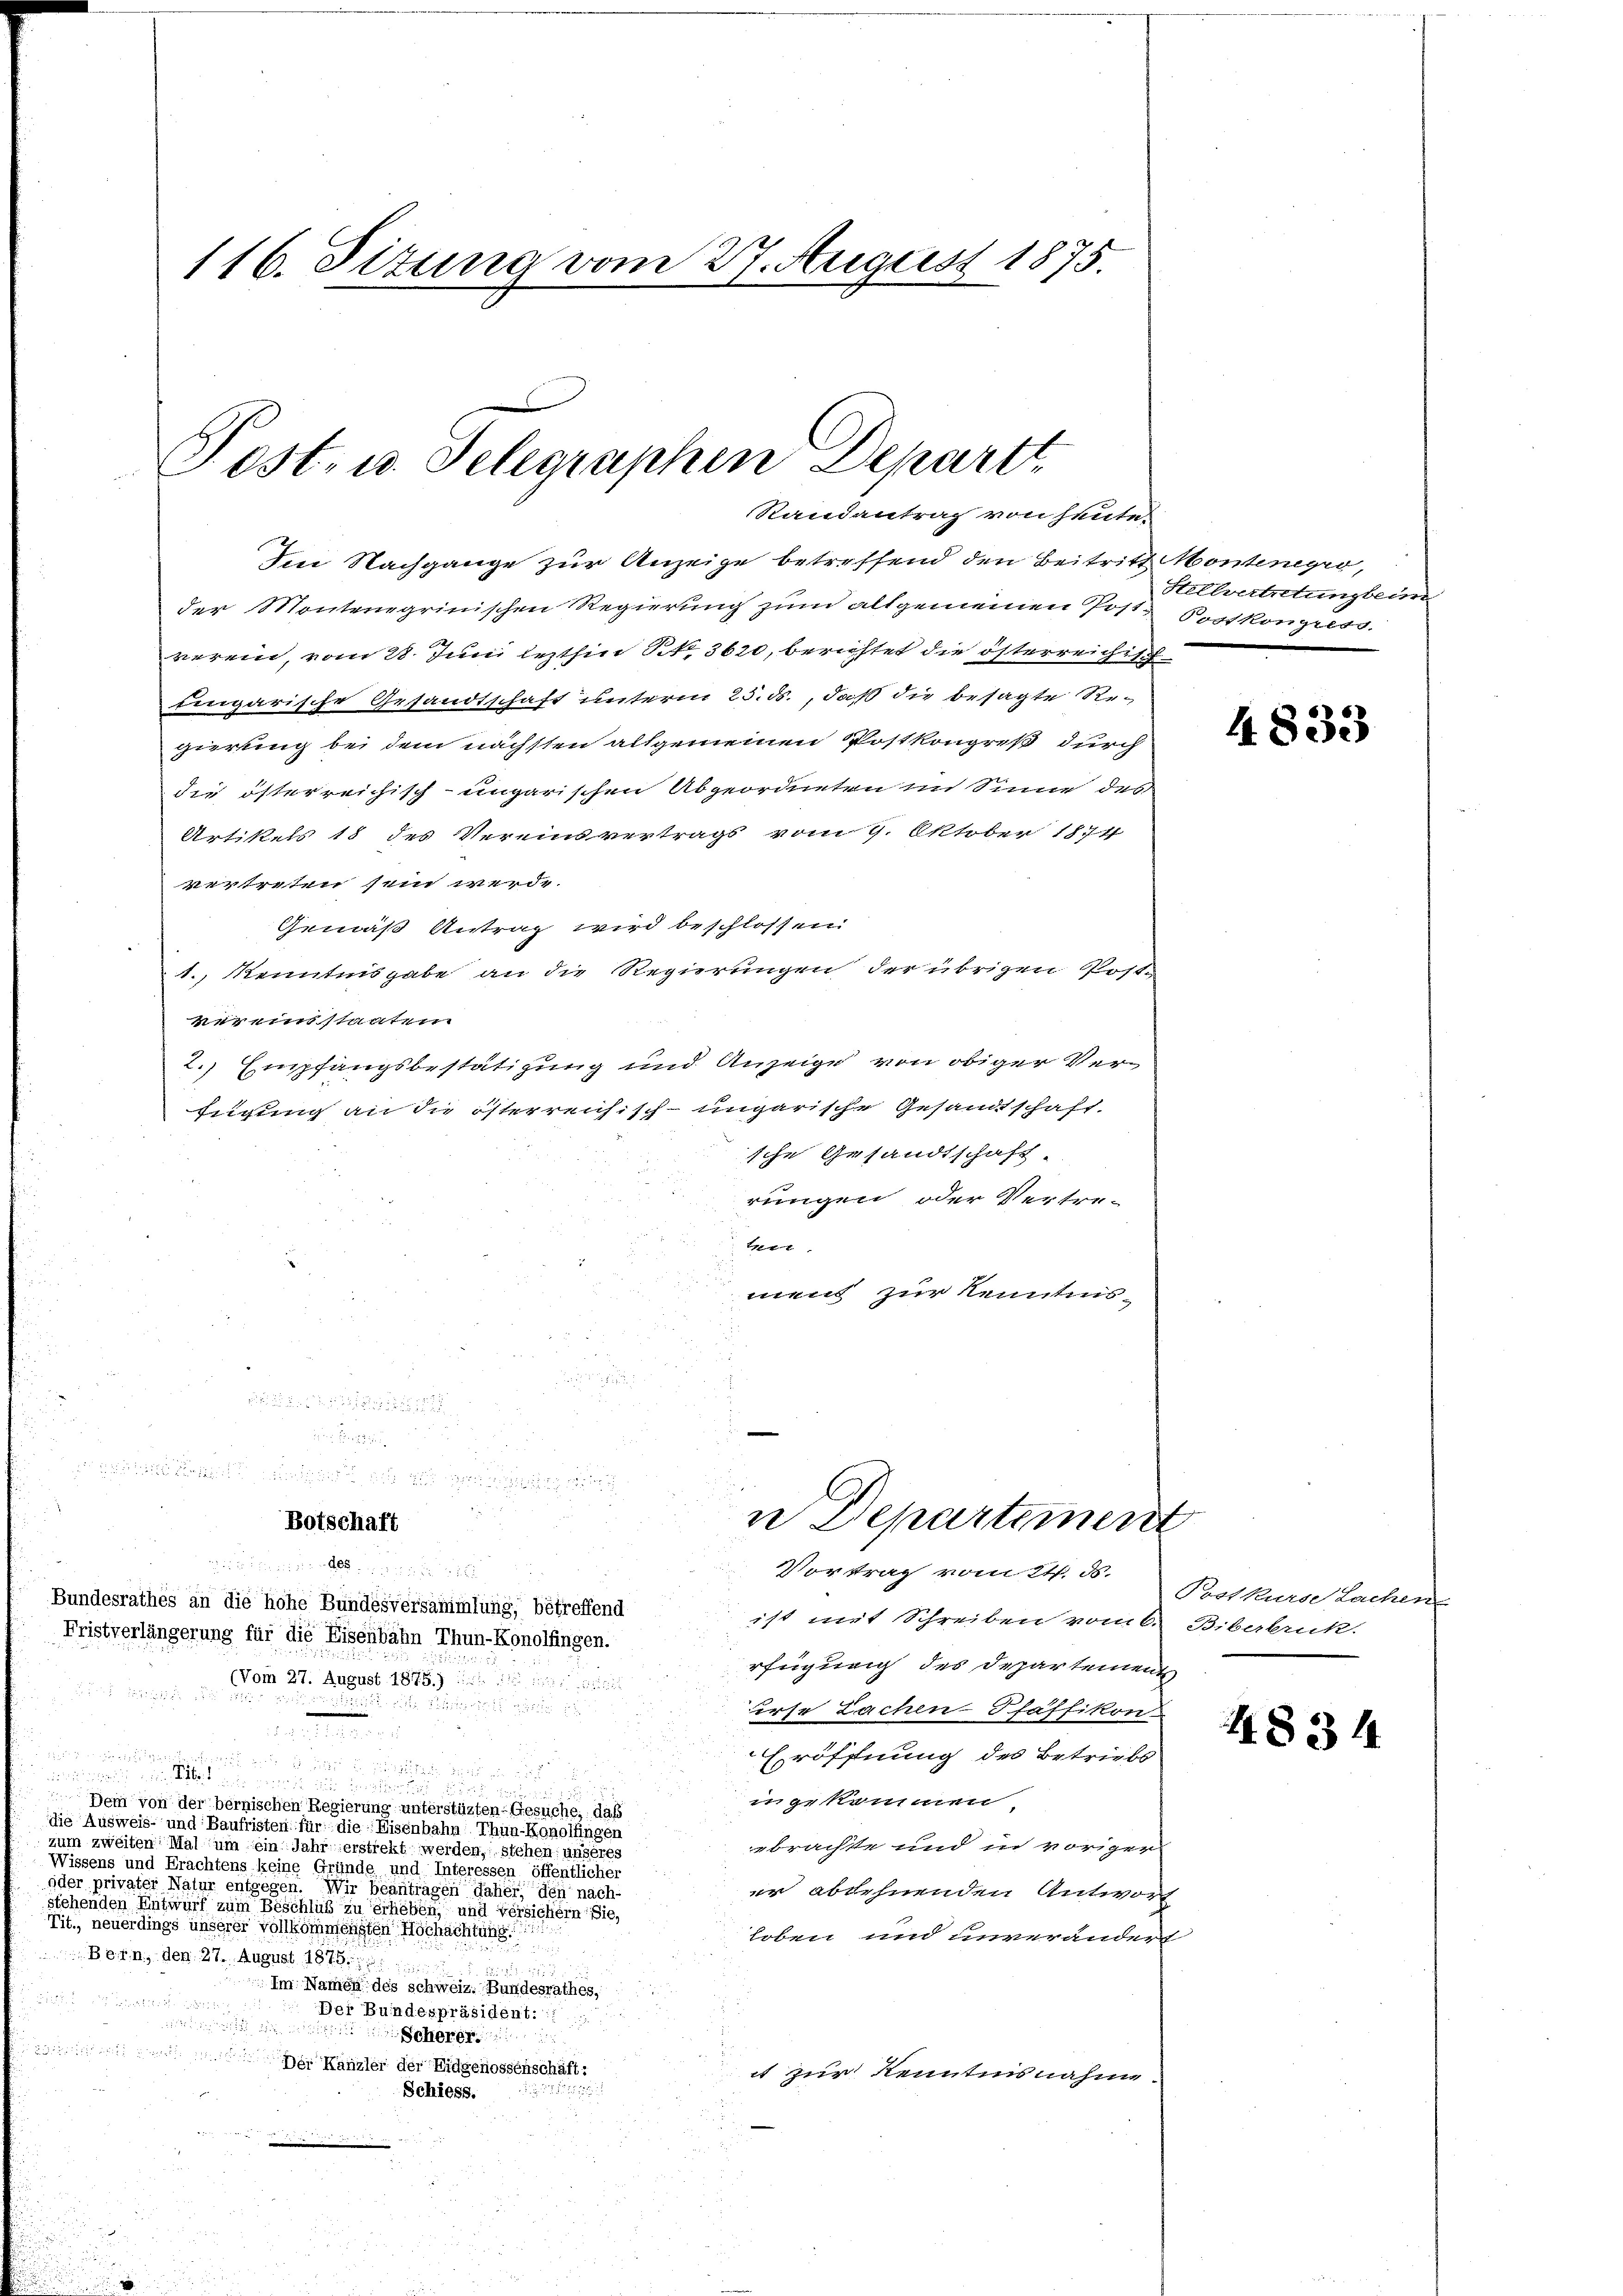
u

Im Nachgange zur Anzeige betreffend den Beitritt Montenegro,
der Montenogrinischen Regierung zum allgemeinen Post-Postkongress
verein, vom 28. Juni lezthin Nr. 3620, berichtet die österreichisch
tieigarische Gesandtschaft unterm 25. ds., daß die besagte Re-
gierung bei dem nächsten allgemeinen Postkongreß durch
die österreichisch-ungarischen Abgeordneten im Sinne des
Artikels 18 des Vereinsvertrags vom 9. Oktober 1874
vertreten sein werde.
Gemäß Antrag wird beschlossen
1., Kenntnisgabe an die Regierungen der übrigen Postvereinstanten
2.) Empfangsbestätigung und Anzeige von obiger Verfügung an die österreichisch-ungarische Gesandtschaft,
sche Gesandtschaft
rungen oder Vertre-
.
mens zur Kenntnis-

116. Situng vom 27. August 1875.

Post- u. Telegraphen Departi
Randantrag von heute.

n Departement

Stellvertretung beim

Botschaft
Vortrag vom 24. ds.
Bundesrathes an die hohe Bundesversammlung, betreffend
ist mit Schreiben vom 6. Biberbruk.
Fristverlängerung für die Eisenbahn Thun-Konolfingen.
rfügung des Departement
(Vom 27. August 1875.) 111

urse Lachen Pfäffikon
u

Eröffnung des Betriebs

in gekommen,
 Dem von der bernischen Regierung unterstüzten Gesuche, daß
die Ausweis- und Baufristen für die Eisenbahn Thun-Konolfingen
ebrachte und in voriger
zum zweiten Mal um ein Jahr erstrebt werden, stehen
Wissens und Brachtens keine Grunde und Interessen
oder privater Natur entgegen
er ablehnenden Antworf
stehenden Entwurf zum Beschluß zu erhielten und versichern sie,
Tit., neuerdings unserer vollkommensten Hochachtung.
loben und unverändert
Bern, den 27. August 1875.
Im Namen des schweiz. Bundesrathes,

Der Bundespräsident: 1.

Scherer.
 Kanzler der Eidgenossenschaft:
it zur Kenntnisnahme
e
Schiess.

4833

Postkurse Lachen

4834